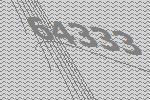
64333